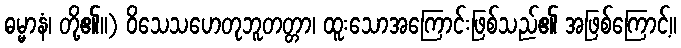
ဓမ္မာနံ၊ တို့၏။) ဝိသေသဟေတုဘူတတ္တာ၊ ထူးသောအကြောင်းဖြစ်သည်၏ အဖြစ်ကြောင့်။